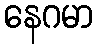
နေဂမာ